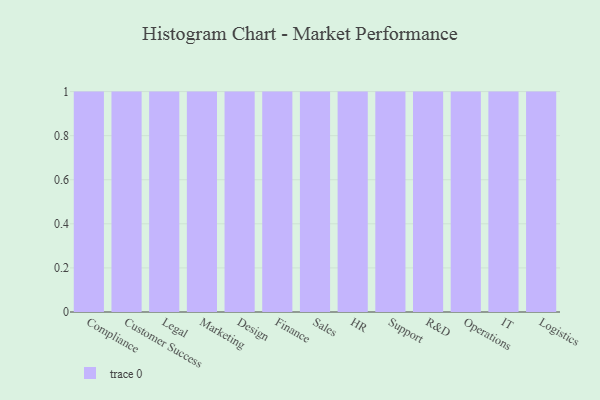
{"axis": {"x": "Department", "y": "Net Income (USD K)"}, "legend": [""], "data": [{"x": "Compliance", "y": 81, "type": ""}, {"x": "Customer Success", "y": 79, "type": ""}, {"x": "Legal", "y": 97, "type": ""}, {"x": "Marketing", "y": 84, "type": ""}, {"x": "Design", "y": 95, "type": ""}, {"x": "Finance", "y": 6, "type": ""}, {"x": "Sales", "y": 1, "type": ""}, {"x": "HR", "y": 10, "type": ""}, {"x": "Support", "y": 8, "type": ""}, {"x": "R&D", "y": 4, "type": ""}, {"x": "Operations", "y": 83, "type": ""}, {"x": "IT", "y": 84, "type": ""}, {"x": "Logistics", "y": 85, "type": ""}]}